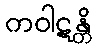
ကဝါဋန္တိ